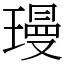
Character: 㻴